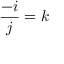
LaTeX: { \frac { - i } { j } } = k